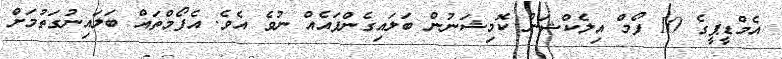
އެމްޑީޕީގެ 10 ފޯމް އިލެކްޝަން ކޮމިޝަނުން ބަލައިގެންފައެއް ނުވެ އެވެ. އެފޯމްތައް ބަލައިނުގަތުމަށް